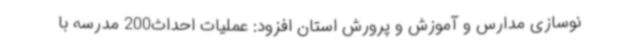
نوسازی مدارس و آموزش و پرورش استان افزود: عملیات احداث200 مدرسه با